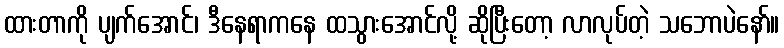
ထားတာကို ပျက်အောင်၊ ဒီနေရာကနေ ထသွားအောင်လို့ ဆိုပြီးတော့ လာလုပ်တဲ့ သဘောပဲနော်။